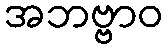
အဘဗ္ဗာဝ